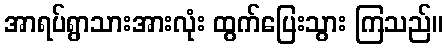
အာရပ်ရွာသားအားလုံး ထွက်ပြေးသွား ကြသည်။